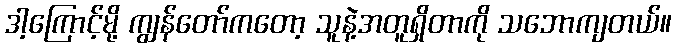
ဒါ့ကြောင့်မို့ ကျွန်တော်ကတော့ သူနဲ့အတူရှိတာကို သဘောကျတယ်။